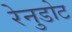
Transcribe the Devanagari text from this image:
रेनुडोट